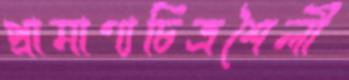
প্রামাণ্যচিত্রশৈলী